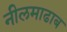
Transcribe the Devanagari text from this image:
नीलमाढाब